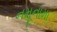
નમૂનામા